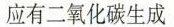
应有二氧化碳生成